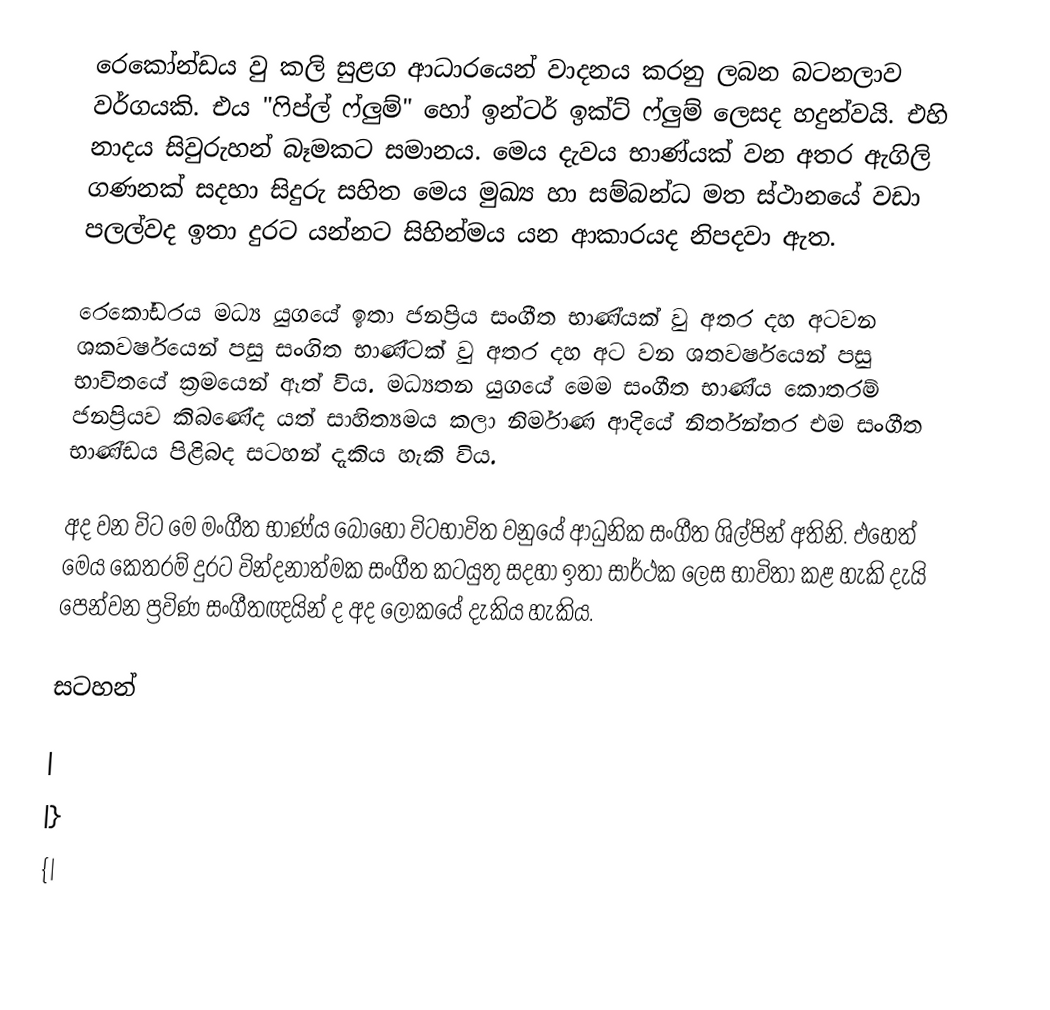
රෙකෝන්ඩය වු කලි සුළග ආධාරයෙන් වාදනය කරනු ලබන බටනලාව වර්ගයකි. එය "ෆිප්ල් ෆ්ලුම්" හෝ ඉන්ටර් ඉක්ට් ෆ්ලුම් ලෙසද හදුන්වයි. එහි නාදය සිවුරුහන් බෑමකට සමානය.  මෙය දැවය භාණ්යක් වන අතර ඇගිලි ගණනක් සදහා සිදුරු සහිත මෙය මුඛ්‍ය හා සම්බන්ධ මත ස්ථානයේ වඩා පලල්වද ඉතා දුරට යන්නට සිහින්මය යන ආකාරයද නිපදවා ඇත.

රෙකෝඩරය මධ්‍ය යුගයේ ඉතා ජනප්‍රිය සංගීත භාණ්යක් වු අතර දහ අටවන ශකවර්ෂයෙන් පසු සංගිත භාණ්ටක් වු අතර දහ අට වන ශතවර්ෂයෙන් පසු භාවිතයේ ක්‍රමයෙන් ඈත් විය. මධ්‍යතන යුගයේ මෙම සංගීත භාණ්ය කොතරම් ජනප්‍රියව කිබණේද යත් සාහිත්‍යමය කලා නිර්මාණ ආදියේ නිර්තන්තර එම සංගීත භාණ්ඩය පිළිබද සටහන් දැකිය හැකි විය.

අද වන විට මෙ මංගීත භාණ්ය බොහෝ විටභාවිත වනුයේ ආධුනික සංගීත ශිල්පින් අතිනි. එහෙත් මෙය කෙතරම් දුරට වින්දනාත්මක සංගීත කටයුතු සදහා ඉතා සාර්ථක ලෙස භාවිතා කළ හැකි දැයි පෙන්වන ප්‍රවිණ සංගීතඥයින් ද අද ලෝකයේ දැකිය හැකිය.

සටහන්

|
|}
{|